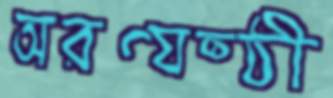
অরণ্যষ্ঠী